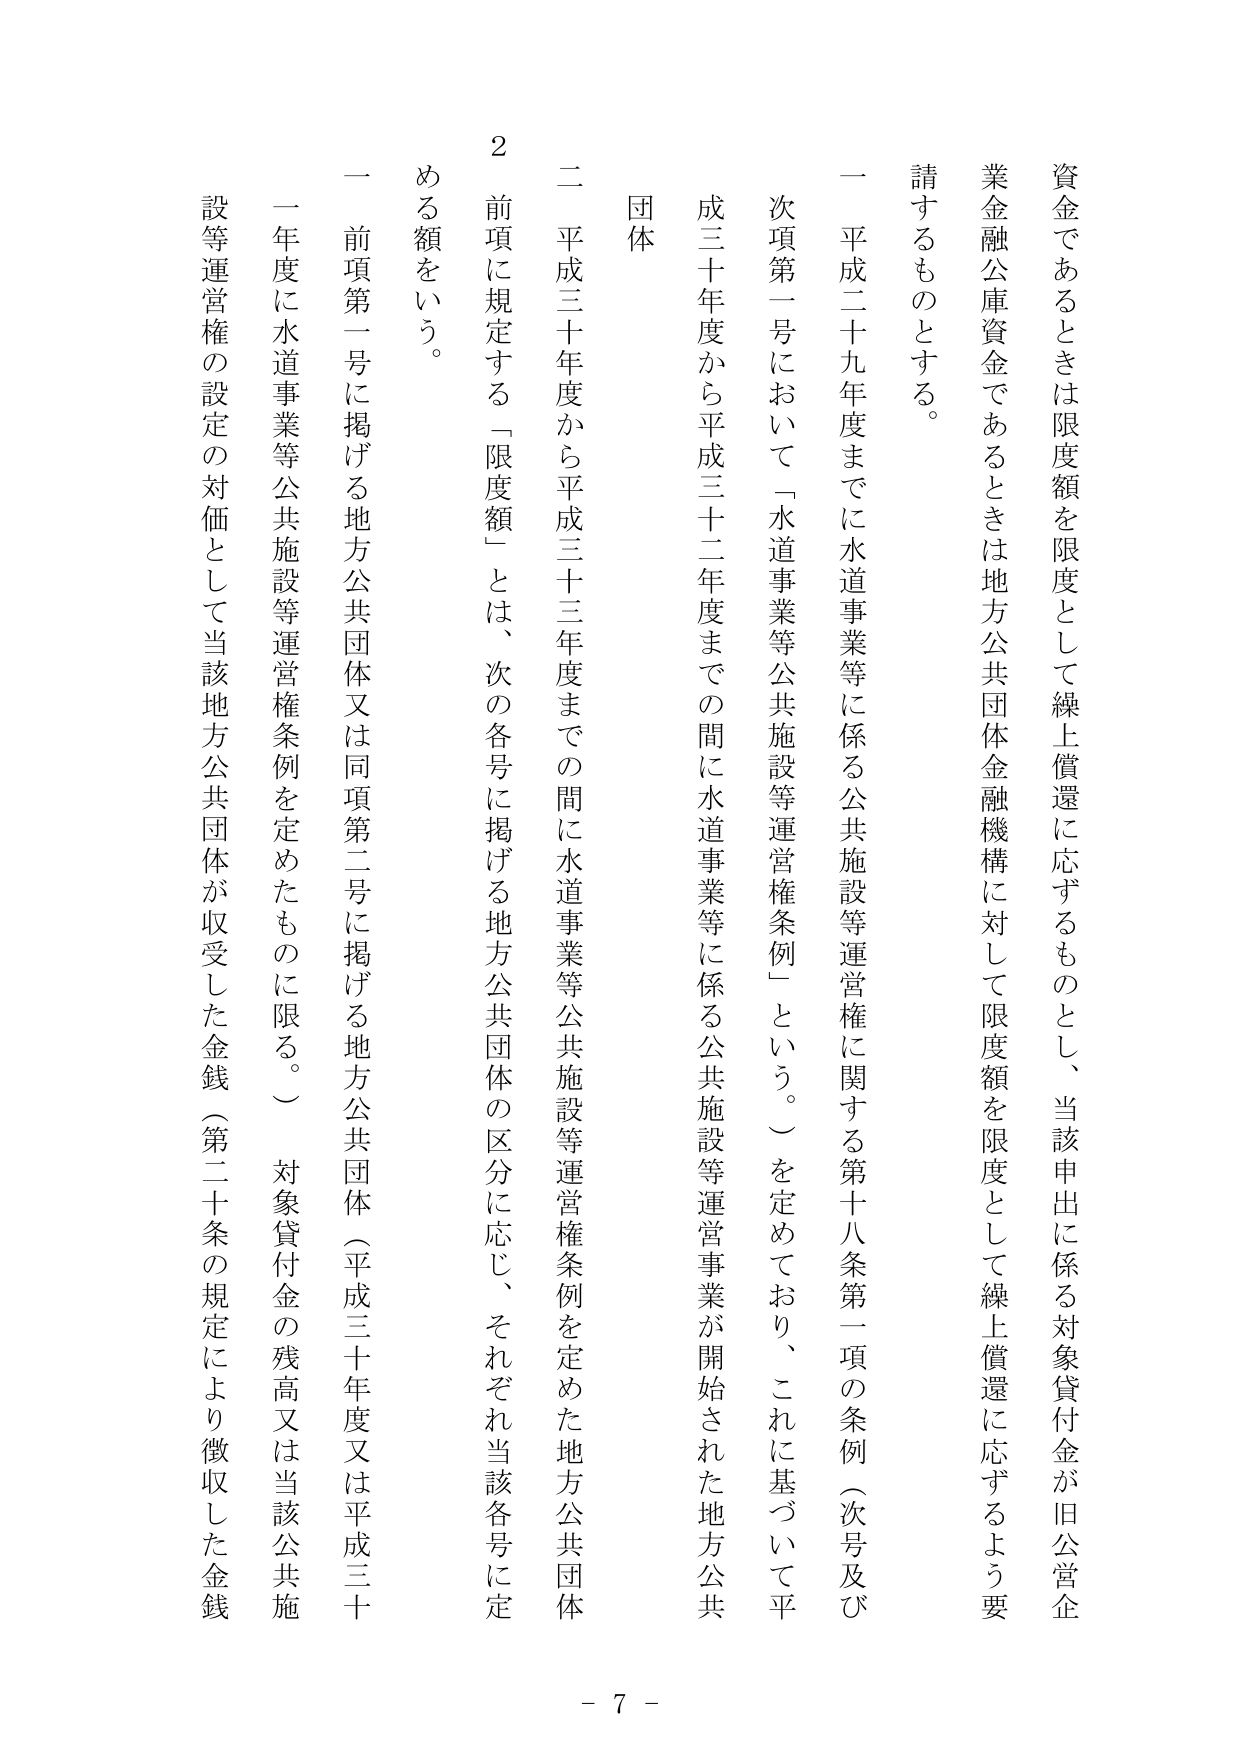
資金であるときは限度額を限度として繰上償還に応ずるものとし、当該申出に係る対象貸付金が旧公営企業金融公庫資金であるときは地方公共団体金融機構に対して限度額を限度として繰上償還に応ずるよう要請するものとする。

一 平成二十九年度までに水道事業等に係る公共施設等運営権に関する第十八条第一項の条例（次号及び次項第一号において「水道事業等公共施設等運営権条例」という。）を定めており、これに基づいて平成三十年度から平成三十二年度までの間に水道事業等に係る公共施設等運営事業が開始された地方公共団体

二 平成三十年度から平成三十三年度までの間に水道事業等公共施設等運営権条例を定めた地方公共団体

２ 前項に規定する「限度額」とは、次の各号に掲げる地方公共団体の区分に応じ、それぞれ当該各号に定める額をいう。

一 前項第一号に掲げる地方公共団体又は同項第二号に掲げる地方公共団体（平成三十年度又は平成三十一年度に水道事業等公共施設等運営権条例を定めたものに限る。）対象貸付金の残高又は当該公共施設等運営権の設定の対価として当該地方公共団体が収受した金銭（第二十条の規定により徴収した金銭

- 7 -